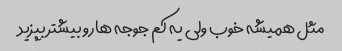
مثل همیشه خوب ولی یه کم جوجه هارو بیشتر بپزید